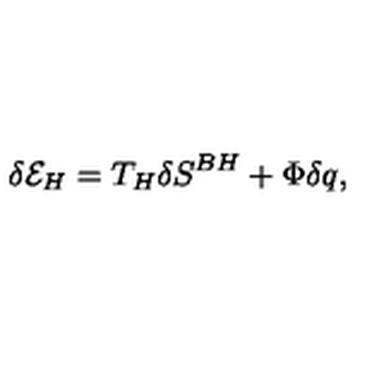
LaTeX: \delta { \cal E } _ { H } = T _ { H } \delta S ^ { B H } + \Phi \delta q ,